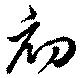
初